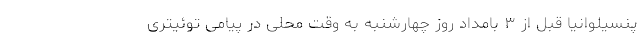
پنسیلوانیا قبل از ۳ بامداد روز چهارشنبه به وقت محلی در پیامی توئیتری